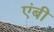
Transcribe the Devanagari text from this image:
एंबी